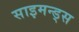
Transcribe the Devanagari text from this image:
साइमन्ड्स